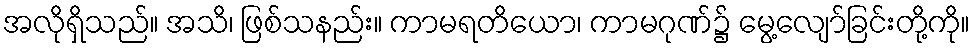
အလိုရှိသည်။ အသိ၊ ဖြစ်သနည်း။ ကာမရတိယော၊ ကာမဂုဏ်၌ မွေ့လျော်ခြင်းတို့ကို။